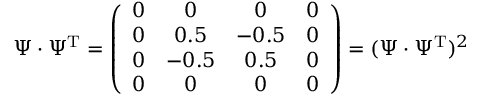
\Psi \cdot \Psi ^ { \mathrm { T } } = \left( \begin{array} { c c c c } { 0 } & { 0 } & { 0 } & { 0 } \\ { 0 } & { 0 . 5 } & { - 0 . 5 } & { 0 } \\ { 0 } & { - 0 . 5 } & { 0 . 5 } & { 0 } \\ { 0 } & { 0 } & { 0 } & { 0 } \end{array} \right) = ( \Psi \cdot \Psi ^ { \mathrm { T } } ) ^ { 2 }